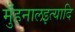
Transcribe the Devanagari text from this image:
मुँहनालइत्यादि